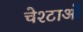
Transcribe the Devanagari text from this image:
चेश्टाओं